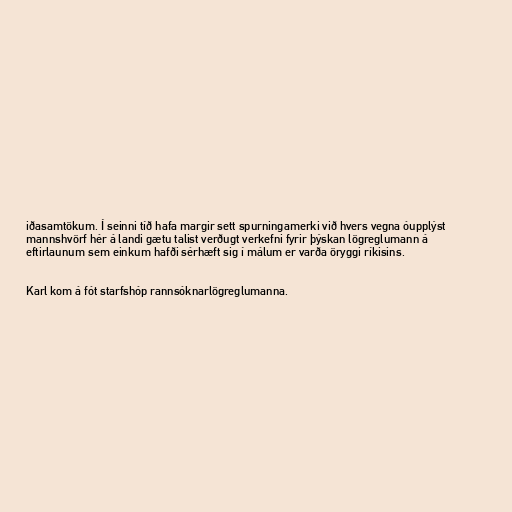
iðasamtökum. Í seinni tíð hafa margir sett spurningamerki við hvers vegna óupplýst
mannshvörf hér á landi gætu talist verðugt verkefni fyrir þýskan lögreglumann á
eftirlaunum sem einkum hafði sérhæft sig í málum er varða öryggi ríkisins.

Karl kom á fót starfshóp rannsóknarlögreglumanna.